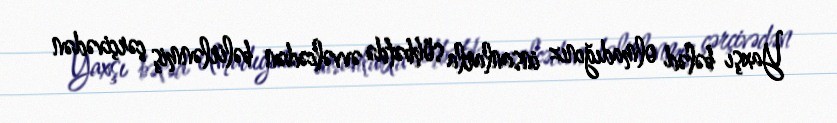
Yaxşı bələd olmadığınız insanlarla söhbətdə əvvəlcədən bəlirlənmiş çərçivədən